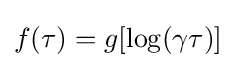
f(\tau )=g[\log(\gamma \tau )]